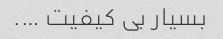
بسیار بی کیفیت ….